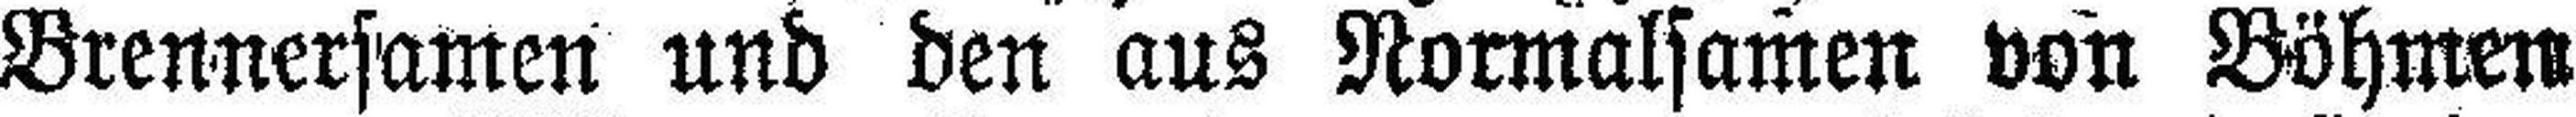
Brennersamen und den aus Normalsamen von Böhmen